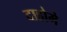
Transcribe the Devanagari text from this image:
दाहोमे